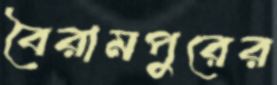
বৈরামপুরের